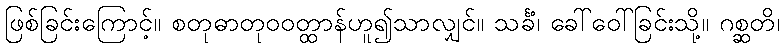
ဖြစ်ခြင်းကြောင့်။ စတုဓာတုဝဝတ္ထာန်ဟူ၍သာလျှင်။ သင်္ခံ၊ ခေါ်ဝေါ်ခြင်းသို့။ ဂစ္ဆတိ၊